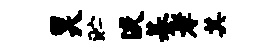
昊贮淡綦孝其